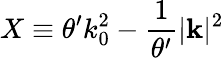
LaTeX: X\equiv\theta^{\prime}k_{0}^{2}-\frac{1}{\theta^{\prime}}|\mathbf{k}|^{2}